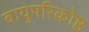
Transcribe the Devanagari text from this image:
वायुपरिकोष्ठ